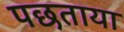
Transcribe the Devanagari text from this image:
पछताया